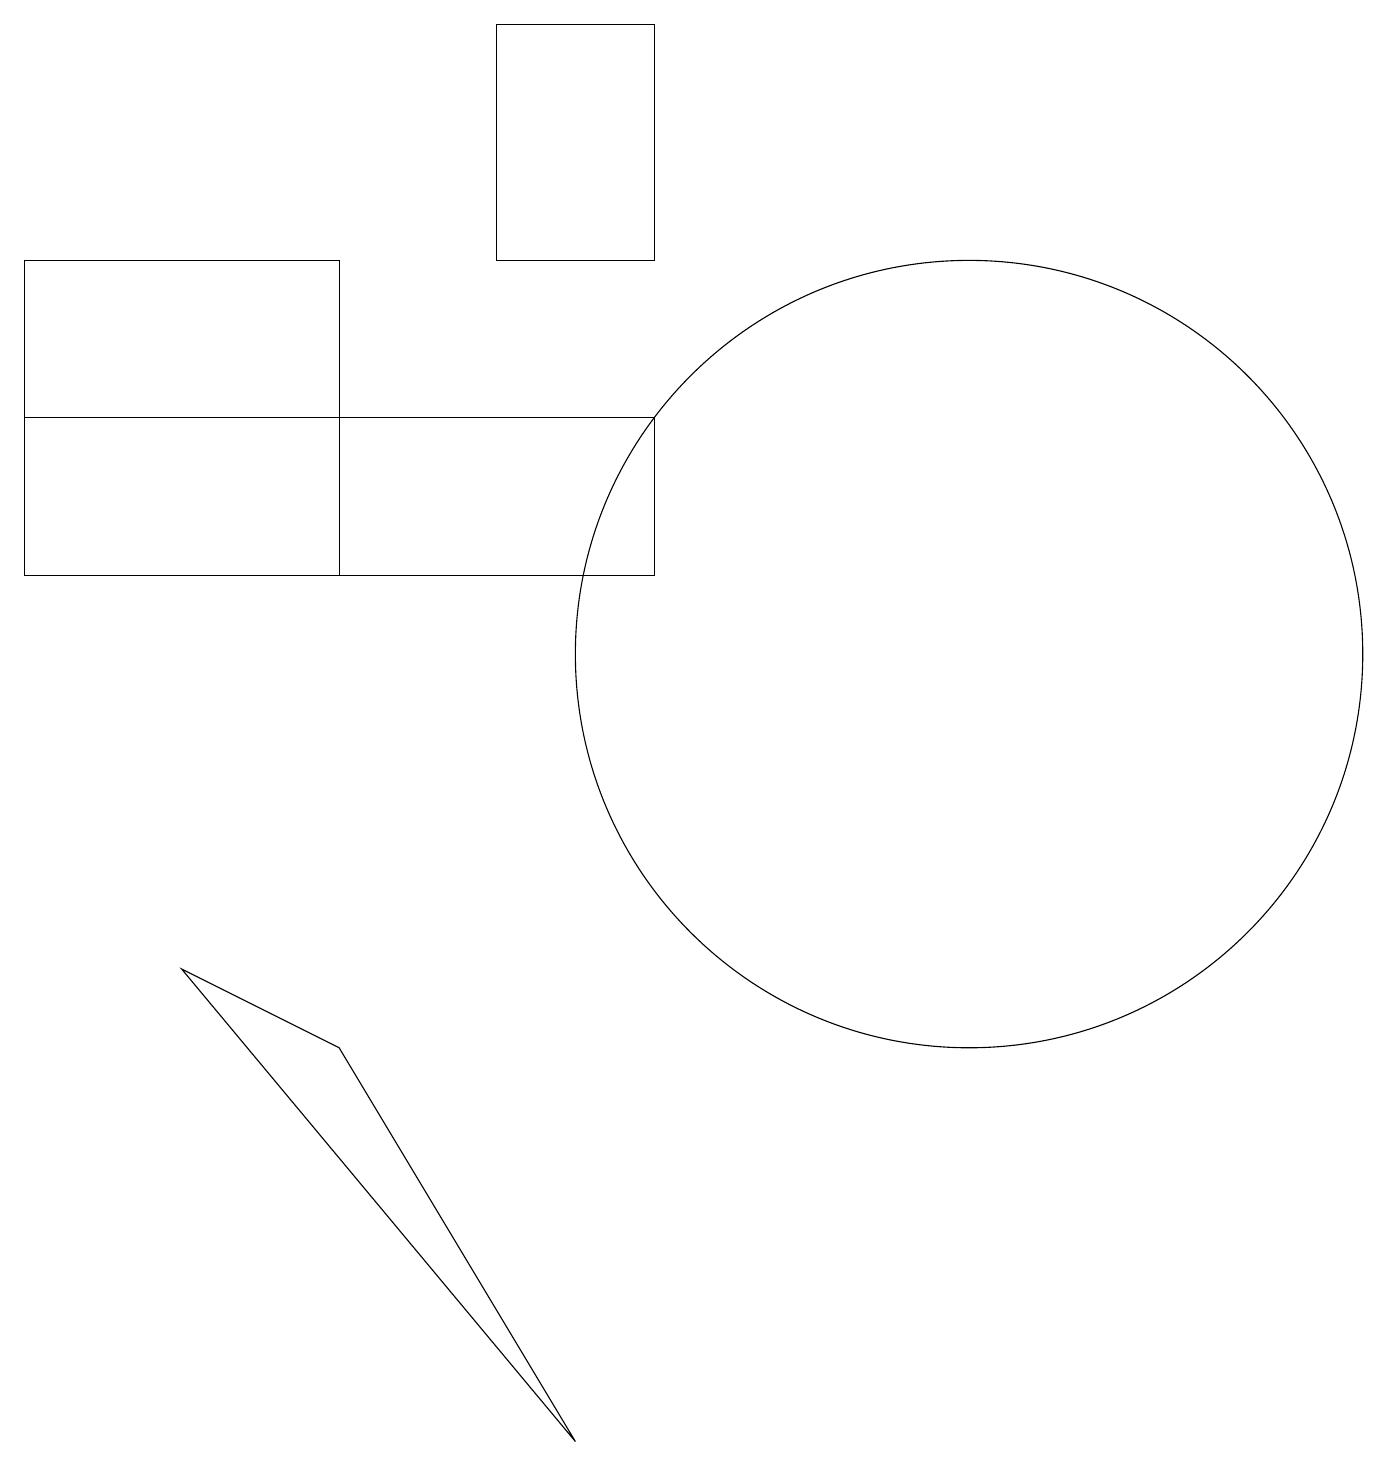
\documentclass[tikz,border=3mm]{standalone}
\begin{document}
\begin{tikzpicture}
\draw (6,19) rectangle (8,16);
\draw (0,14) rectangle (8,12);
\draw (12,11) circle (5);
\draw (7,1) -- (4,6) -- (2,7) -- cycle;
\draw (0,16) rectangle (4,12);
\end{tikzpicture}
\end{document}